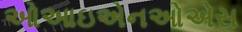
ઓઆઇએનઓએસ